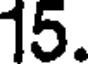
15.